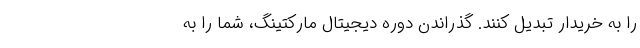
را به خریدار تبدیل کنند. گذراندن دوره دیجیتال مارکتینگ، شما را به